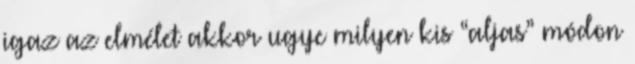
igaz az elmélet akkor ugye milyen kis “aljas” módon